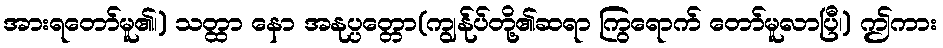
အားရတော်မူ၏၊) သတ္ထာ နော အနုပ္ပတ္တော(ကျွန်ုပ်တို့၏ဆရာ ကြွရောက် တော်မူလာပြီ၊) ဤကား